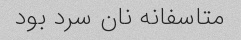
متاسفانه نان سرد بود